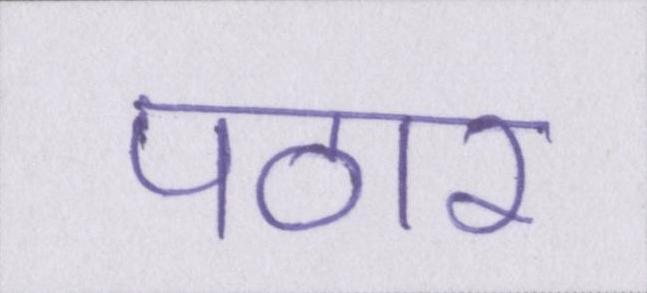
पठार